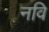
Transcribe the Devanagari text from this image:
नवि